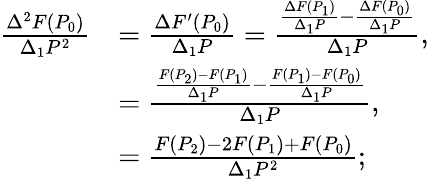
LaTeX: {\begin{array}{rl}{{\frac{\Delta^{2}F(P_{0})}{\Delta_{1}P^{2}}}}&{={\frac{\Delta F^{\prime}(P_{0})}{\Delta_{1}P}}={\frac{{\frac{\Delta F(P_{1})}{\Delta_{1}P}}-{\frac{\Delta F(P_{0})}{\Delta_{1}P}}}{\Delta_{1}P}},}\\ &{={\frac{{\frac{F(P_{2})-F(P_{1})}{\Delta_{1}P}}-{\frac{F(P_{1})-F(P_{0})}{\Delta_{1}P}}}{\Delta_{1}P}},}\\ &{={\frac{F(P_{2})-2F(P_{1})+F(P_{0})}{\Delta_{1}P^{2}}};}\end{array}}